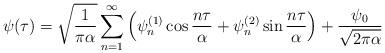
LaTeX: \begin{align*}\psi(\tau)=\sqrt{1 \over\pi\alpha}\sum_{n=1}^{\infty}\left(\psi^{(1)}_n\cos{ n\tau \over \alpha}+\psi^{(2)}_n\sin{ n \tau \over \alpha}\right)+{\psi_0 \over\sqrt{2\pi\alpha}}~~~\end{align*}